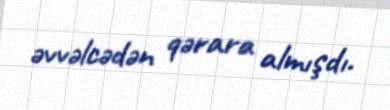
əvvəlcədən qərara almışdı.